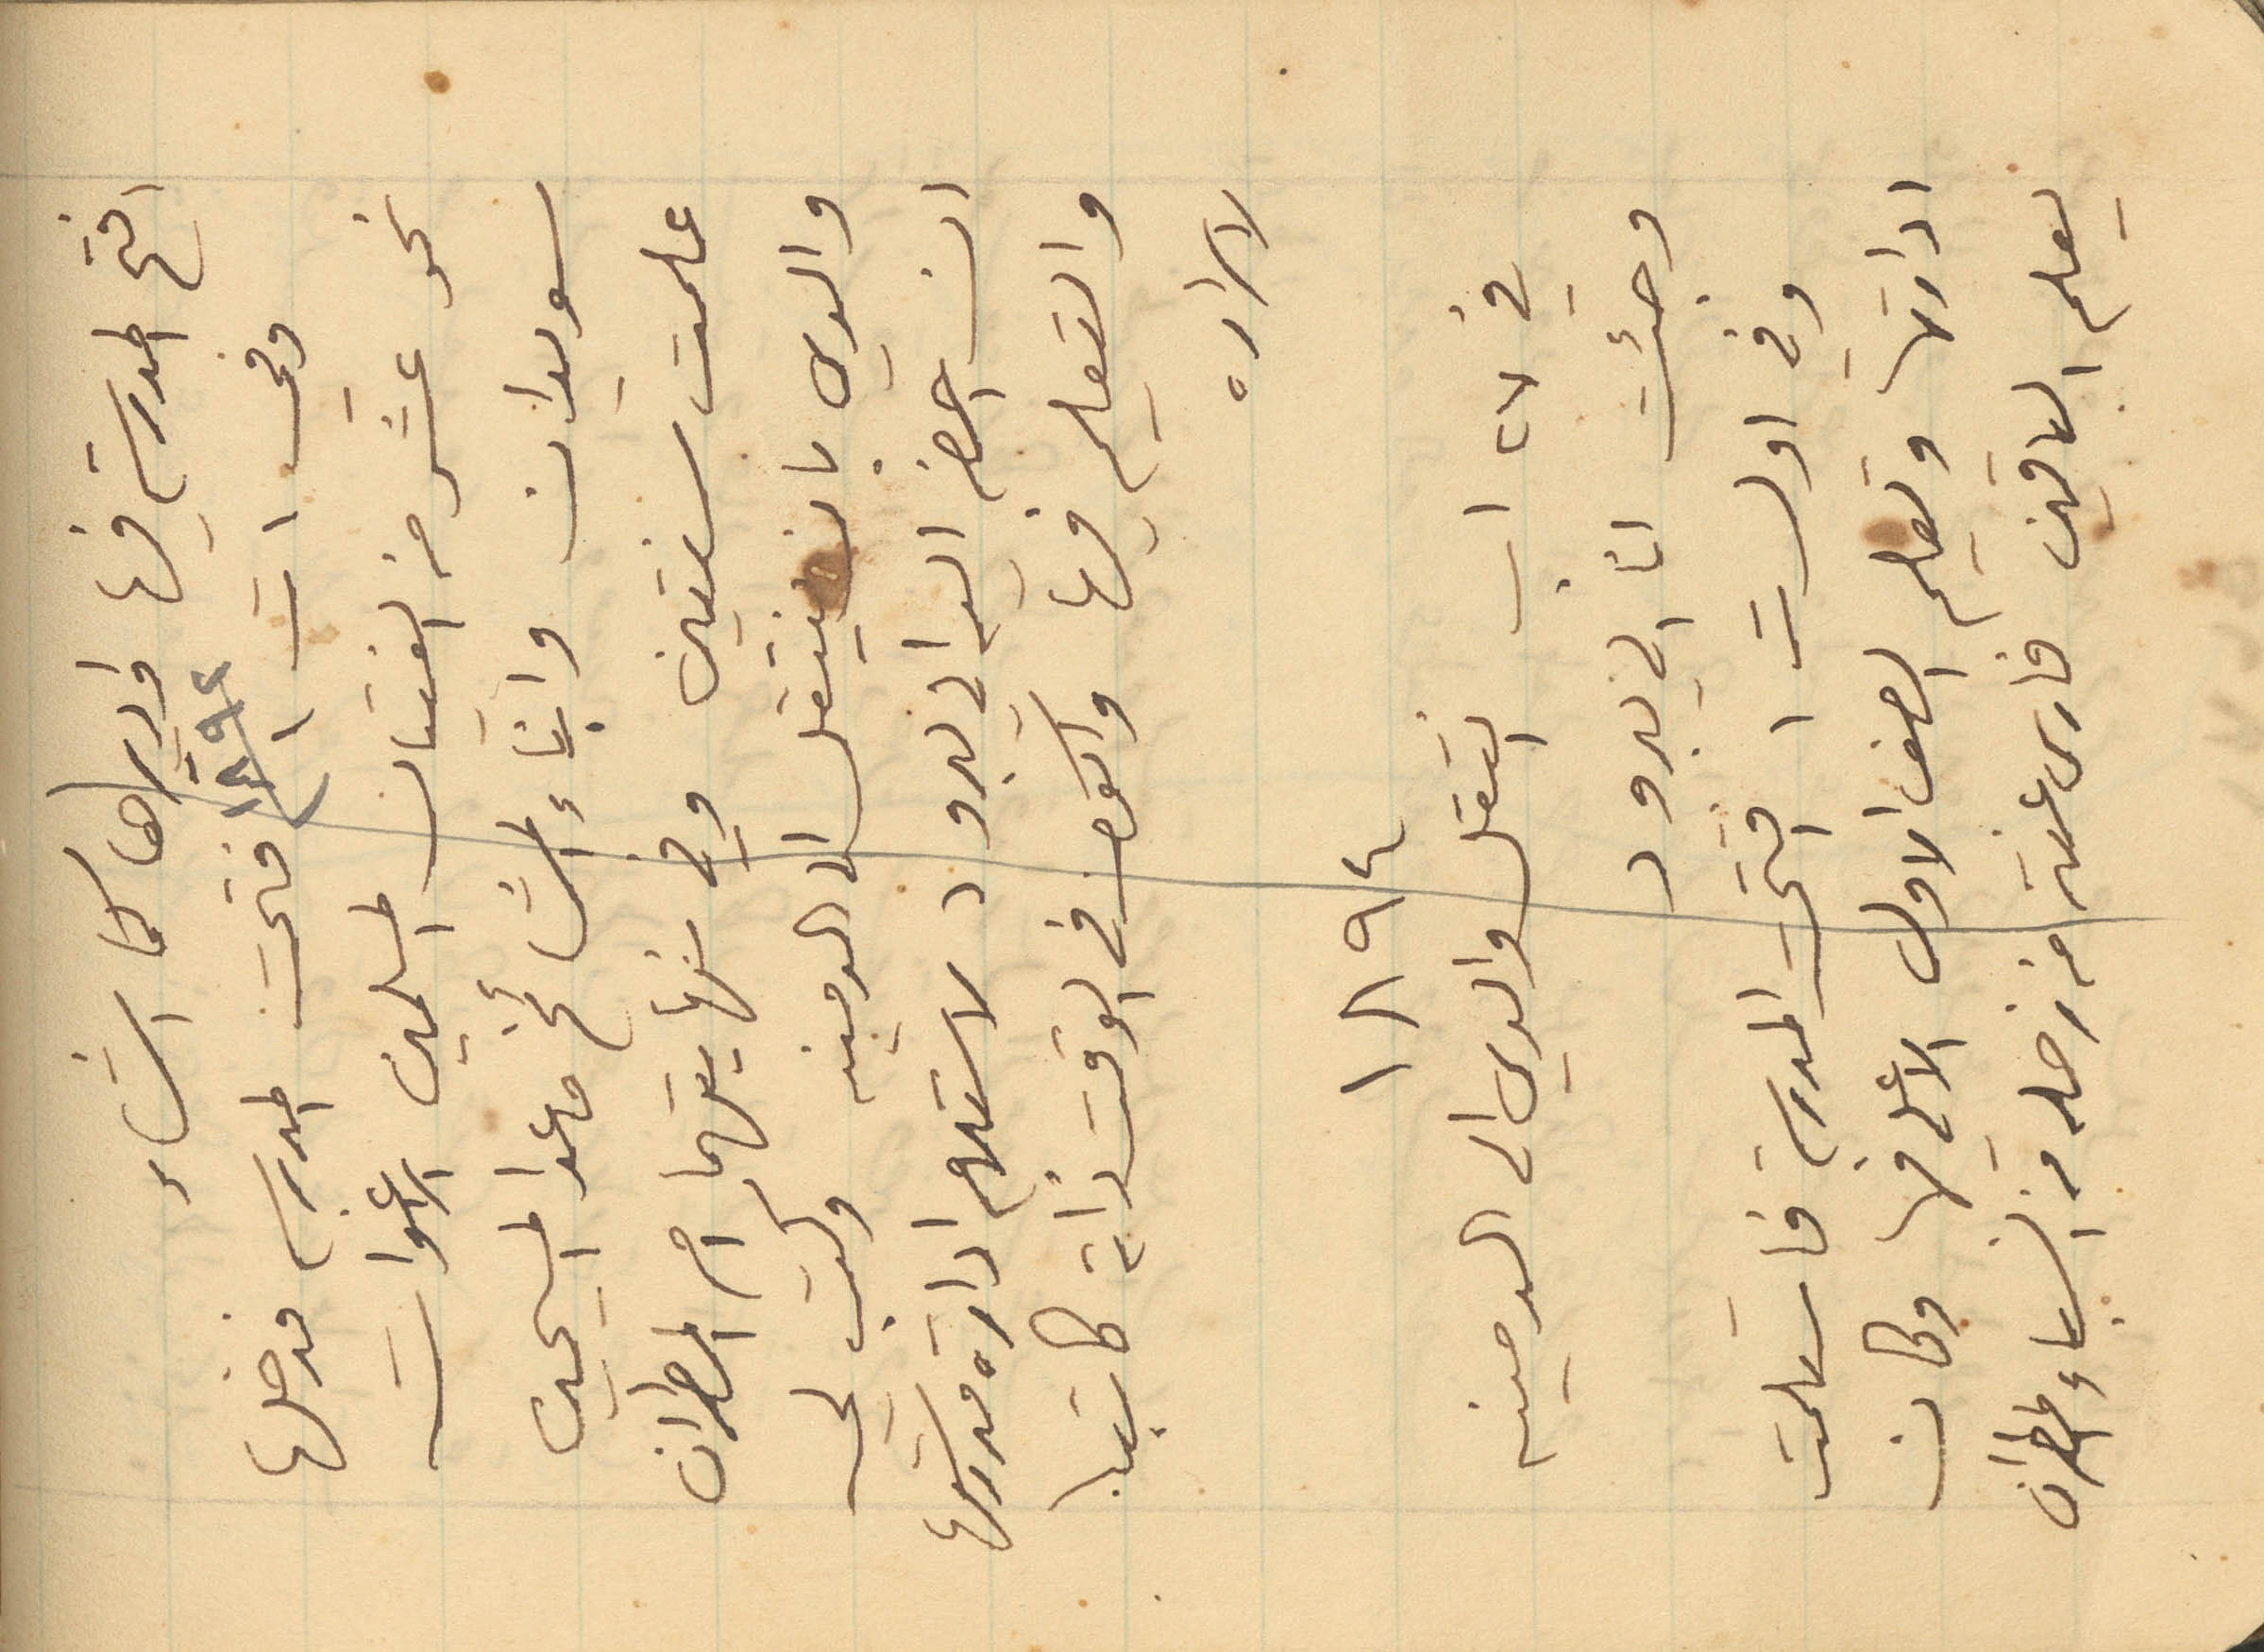
افتح المدرسة فيها واديرها كما اشاء
نحو عشر من الفتيان المسلمين الاغوات
سويدان وابناء المشائخ ما عدا المسيحيين
علمت سنتين وفي نهايتهما امر المطران
والدي بان ينتقل الى الدمينه وكتب لي
ان احضر اليه في يبرود لاستلام ادراة مدرستها
والتعليم فيها واكون في الوقت ذاته كاتبا
لاسراره
1894
في 27 اب انتقل والدي الى الدمينه
وجئت انا الى يبرود
وفي اول ت1 افتتحت المدرسة فاستلمت
ادارتها وتعليم الصف الاول الاعلى فيها وكان
يعلم الباقين فارس عنتر من زحله من انسباء المطران
وفي 1 ت سنة 1892 فتحت المدرسه فدخلها